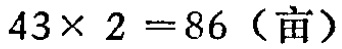
\(43\times 2 =86 \text{（亩）}\)